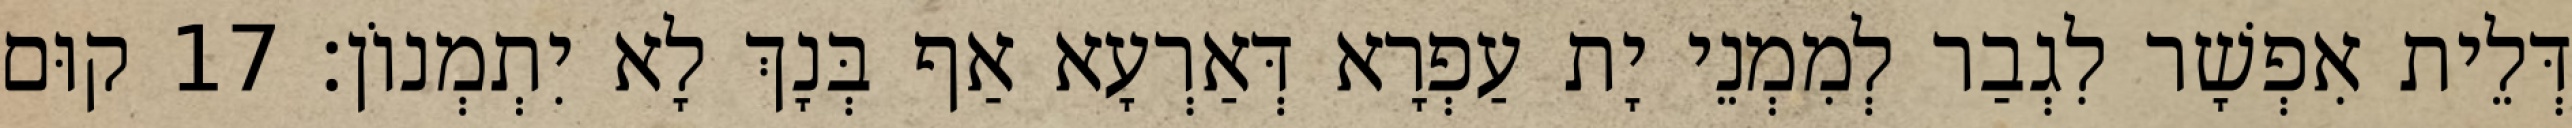
דְּלֵית אִפְשָׁר לִגְבַר לְמִמְנֵי יָת עַפְרָא דְּאַרְעָא אַף בְּנָךְ לָא יִתְמְנוֹן׃ 17 קוּם